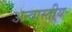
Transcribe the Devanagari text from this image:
अन्वास्तीय